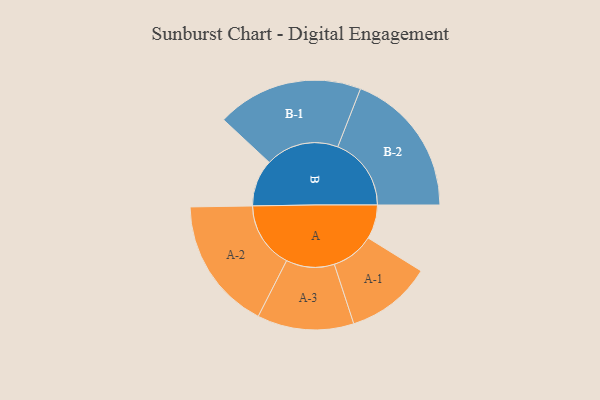
{"axis": {"x": "Segment", "y": "Value"}, "legend": ["", "A", "B"], "data": [{"x": "A", "y": 127, "type": ""}, {"x": "B", "y": 175, "type": ""}, {"x": "A-1", "y": 160, "type": "A"}, {"x": "A-2", "y": 248, "type": "A"}, {"x": "A-3", "y": 180, "type": "A"}, {"x": "B-1", "y": 273, "type": "B"}, {"x": "B-2", "y": 274, "type": "B"}]}